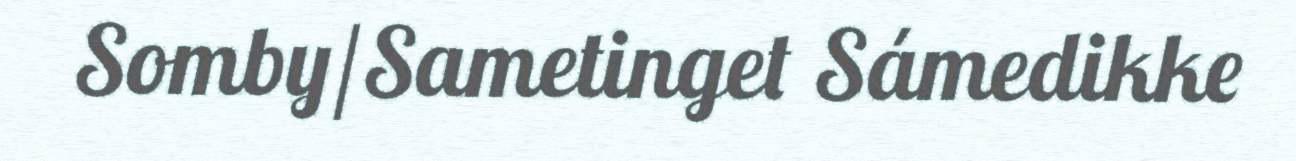
Somby/Sametinget Sámedikke